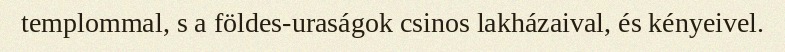
templommal, s a földes-uraságok csinos lakházaival, és kényeivel.